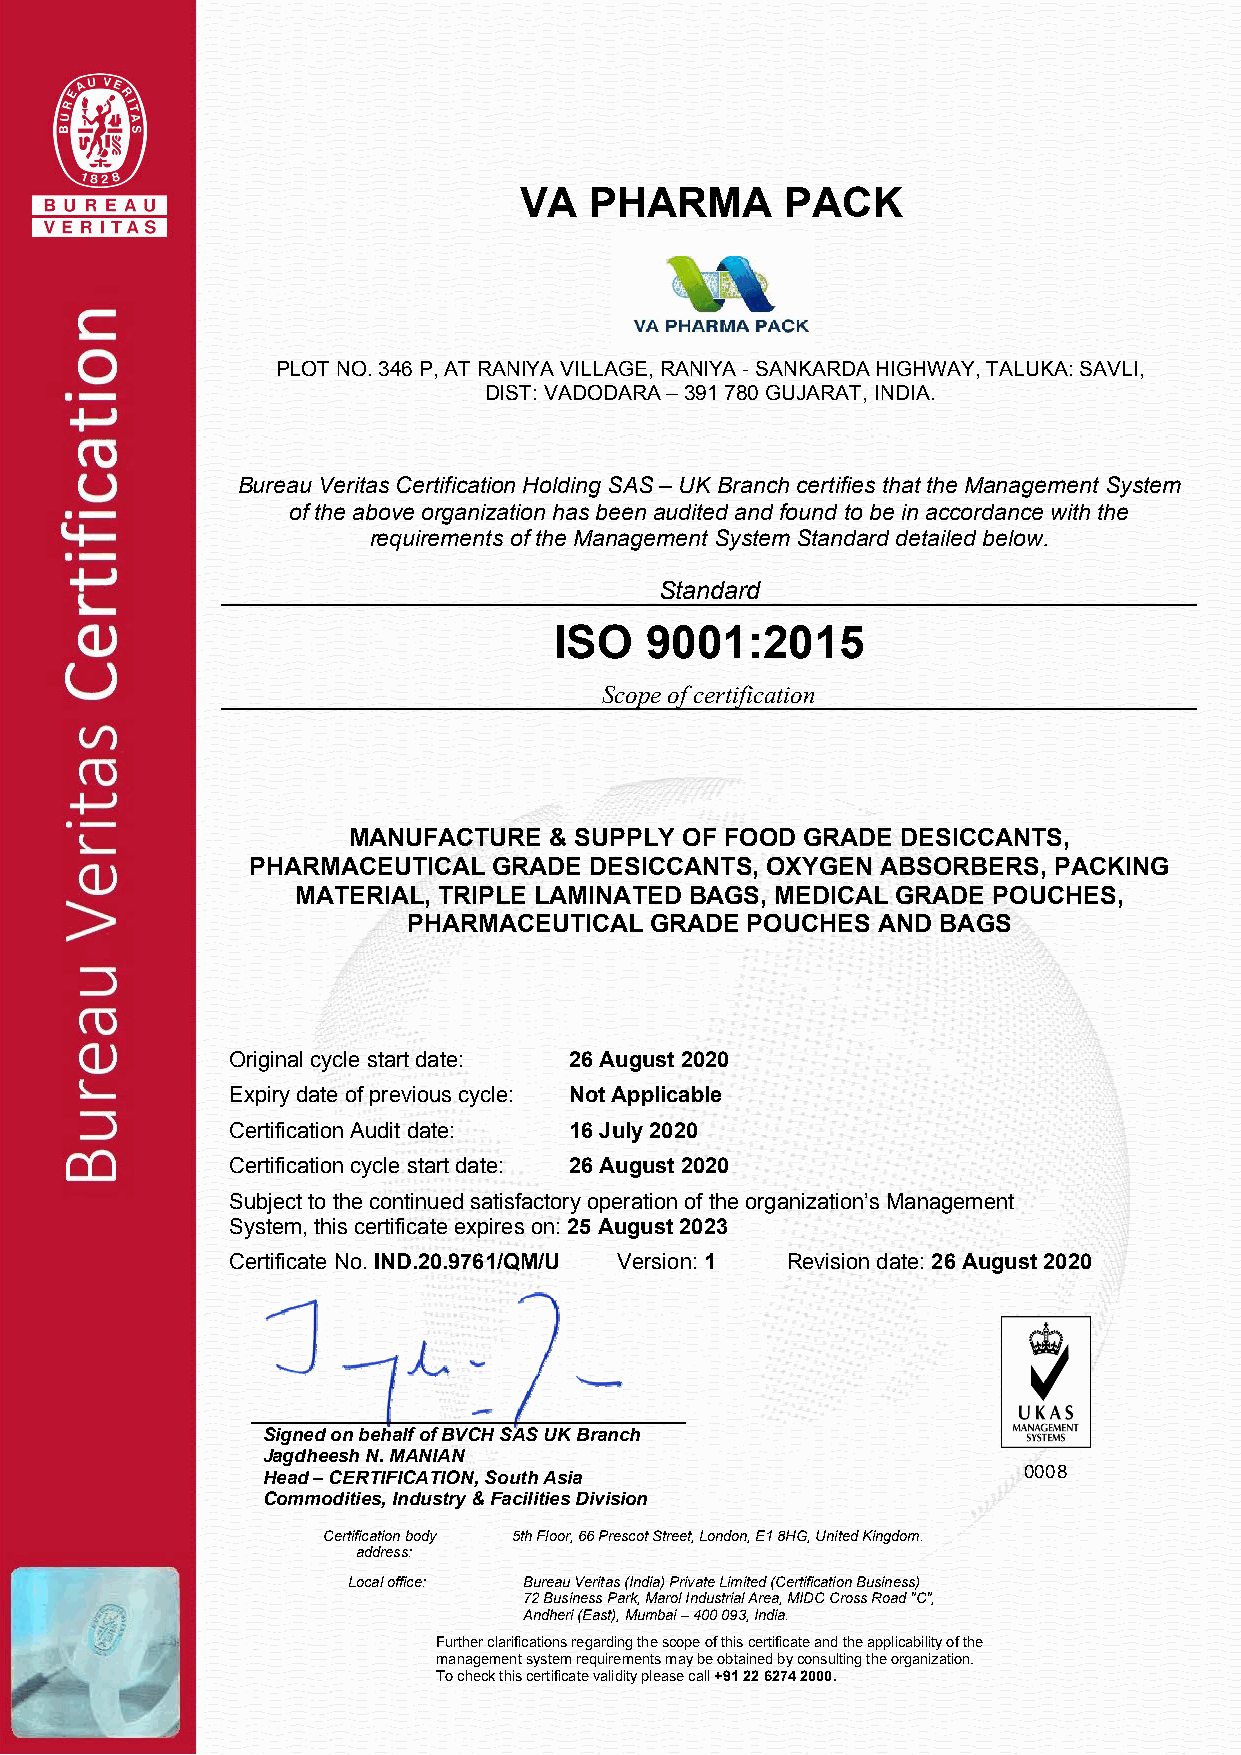
VA   PHARMA       PACK
 PLOT NO. 346 P, AT RANIYA VILLAGE, RANIYA - SANKARDA HIGHWAY, TALUKA: SAVLI,
 DIST: VADODARA – 391 780 GUJARAT, INDIA.
 Bureau Veritas Certification Holding SAS – UK Branch certifies that the Management System
 of the above organization has been audited and found to be in accordance with the
 requirements of the Management System Standard detailed below.
 Standard
 ISO   9001:2015
 Scope of certification
 MANUFACTURE  & SUPPLY OF FOOD GRADE  DESICCANTS,
 PHARMACEUTICAL  GRADE DESICCANTS, OXYGEN ABSORBERS,  PACKING
 MATERIAL, TRIPLE LAMINATED BAGS, MEDICAL GRADE POUCHES,
 PHARMACEUTICAL  GRADE POUCHES  AND BAGS
 Original cycle start date: 26 August 2020
 Expiry date of previous cycle: Not Applicable
 Certification Audit date: 16 July 2020
 Certification cycle start date: 26 August 2020
 Subject to the continued satisfactory operation of the organization’s Management
 System, this certificate expires on: 25 August 2023
 Certificate No. IND.20.9761/QM/U Version: 1 Revision date: 26 August 2020
 Signed on behalf of BVCH SAS UK Branch
 Jagdheesh N. MANIAN
 Head – CERTIFICATION, South Asia                   0008
 Commodities, Industry & Facilities Division
 Certification body 5th Floor, 66 Prescot Street, London, E1 8HG, United Kingdom.
 address:
 Local office: Bureau Veritas (India) Private Limited (Certification Business)
 72 Business Park, Marol Industrial Area, MIDC Cross Road "C",
 Andheri (East), Mumbai – 400 093, India.
 Further clarifications regarding the scope of this certificate and the applicability of the
 management system requirements may be obtained by consulting the organization.
 To check this certificate validity please call +91 22 6274 2000.